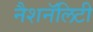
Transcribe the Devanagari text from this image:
नैशनॅलिटी